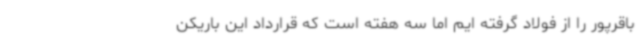
باقرپور را از فولاد گرفته ایم اما سه هفته است که قرارداد این باریکن